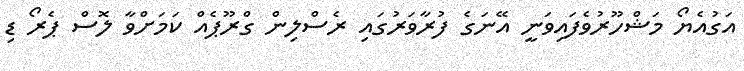
އަގުއެޔޯ މަޝްހޫރުވެފައިވަނީ އޭނަގެ ފުރާވަރުގައި ރެސްލިން ގްރޫޕެއް ކަމަށްވާ ލޮސް ޕެރޯ ޑި